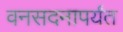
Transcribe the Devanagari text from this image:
वनसदनापर्यंत